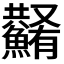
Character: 𩼮